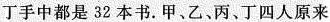
丁手中都是32本书。甲、乙、丙、丁四人原来